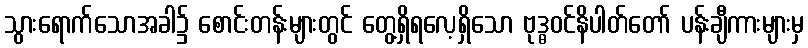
သွားရောက်သောအခါ၌ စောင်းတန်းများတွင် တွေ့ရှိရလေ့ရှိသော ဗုဒ္ဓဝင်နိပါတ်တော် ပန်းချီကားများမှ